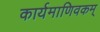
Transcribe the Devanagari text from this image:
कार्यमाणिवकम्